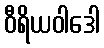
ဝီရိယဝါဒေါ